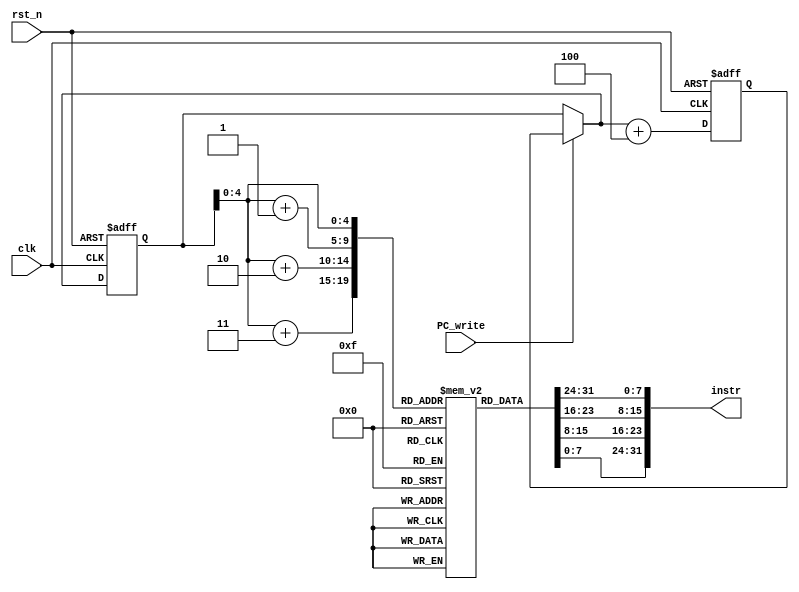
module IF(clk, rst_n, instr, PC_write);
input clk, rst_n;
input PC_write;

output reg [31:0] instr;

reg [7:0] instr_mem [0:19];

initial begin
    instr_mem[0] = 8'h08;
    instr_mem[1] = 8'h41;
    instr_mem[2] = 8'h00;
    instr_mem[3] = 8'h02;
    
    instr_mem[4] = 8'h08;//0000 0000 0010 0001 0011 0000 0000 0010 
    instr_mem[5] = 8'h24;
    instr_mem[6] = 8'h00;
    instr_mem[7] = 8'h04;
    
    instr_mem[8] = 8'h00;
    instr_mem[9] = 8'h65;
    instr_mem[10] = 8'h30;
    instr_mem[11] = 8'h06;
    
    instr_mem[12] = 8'h00;
    instr_mem[13] = 8'hE6;
    instr_mem[14] = 8'h40;
    instr_mem[15] = 8'h00;

    instr_mem[16] = 8'h05;
    instr_mem[17] = 8'h49;
    instr_mem[18] = 8'h00;
    instr_mem[19] = 8'h16;
    
end

reg [31:0] PC; 
reg [31:0] PC_inc;
wire [31:0] PC_same;
wire [31:0] PC_next;

assign PC_next = PC_write ? PC_inc : PC;

always @(posedge clk or negedge rst_n) begin
    if(~rst_n) begin 
        PC <= 32'd0;
        PC_inc <= 32'd4;
        end
    else begin
        PC <= PC_next;
        PC_inc <= PC_next + 4;
    end
end

always @ (*) begin
    instr = {instr_mem[PC], instr_mem[PC+1], instr_mem[PC+2], instr_mem[PC+3]};    
end

endmodule